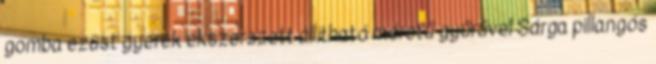
gomba ezüst gyerek ékszerszett állítható méretű gyűrűvel Sárga pillangós